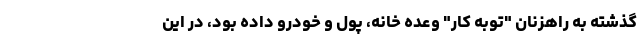
گذشته به راهزنان "توبه کار" وعده خانه، پول و خودرو داده بود، در این